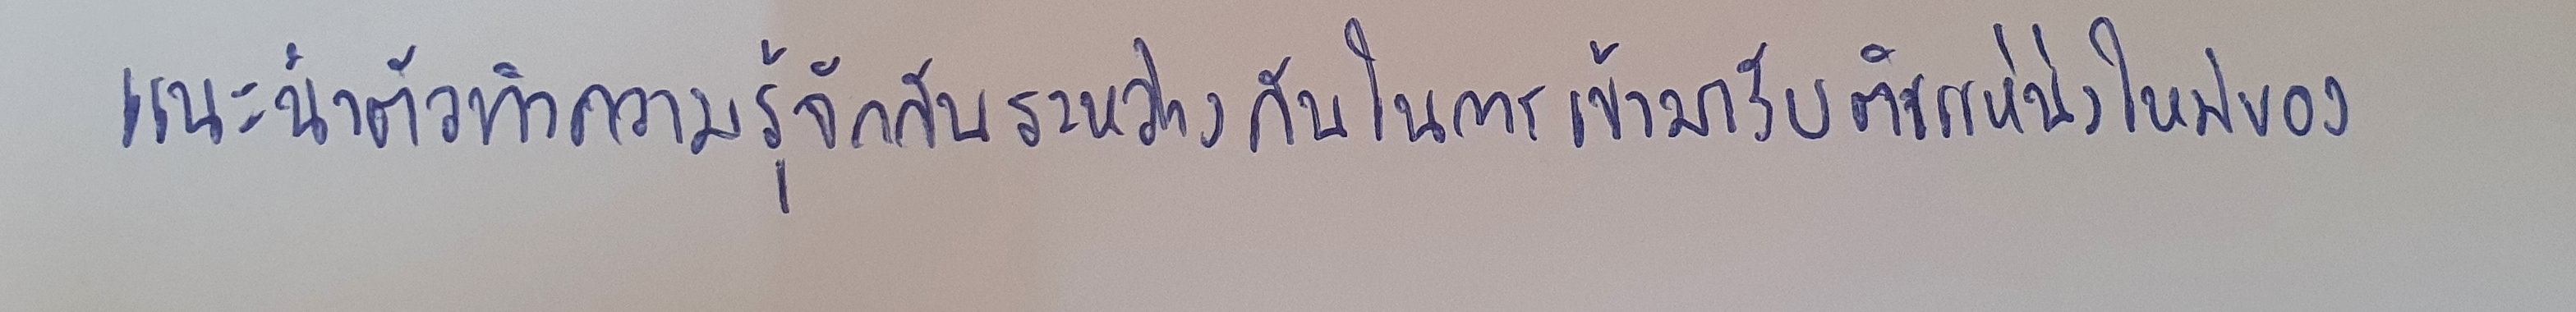
แนะนำตัวทำความรู้จักกันระหว่างกันในการเข้ามารับตำแหน่งใหม่ของ